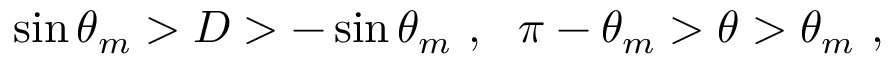
\sin { \theta _ { m } } > D > - \sin { \theta _ { m } } \ , \ \ \pi - \theta _ { m } > \theta > \theta _ { m } \ ,